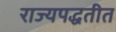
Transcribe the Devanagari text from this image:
राज्यपद्धतीत